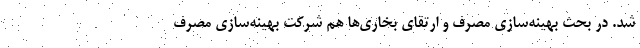
شد. در بحث بهینه‌سازی مصرف و ارتقای بخاری‌ها هم شرکت بهینه‌سازی مصرف